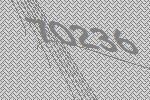
70236